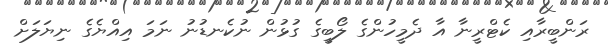
ރަންބީރާއި ކެޓްރީނާ އާ ދެމީހުންގެ ލޯބީގެ ގުޅުން ނުކެނޑުނު ނަމަ އިއްޔެގެ ނިޔަލަށް